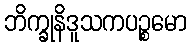
ဘိက္ခုနိဒူသကပဉ္စမော